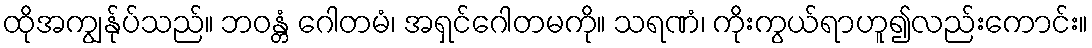
ထိုအကျွန်ုပ်သည်။ ဘဝန္တံ ဂေါတမံ၊ အရှင်ဂေါတမကို။ သရဏံ၊ ကိုးကွယ်ရာဟူ၍လည်းကောင်း။